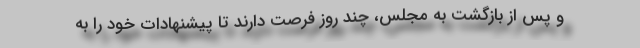
و پس از بازگشت به مجلس، چند روز فرصت دارند تا پیشنهادات خود را به